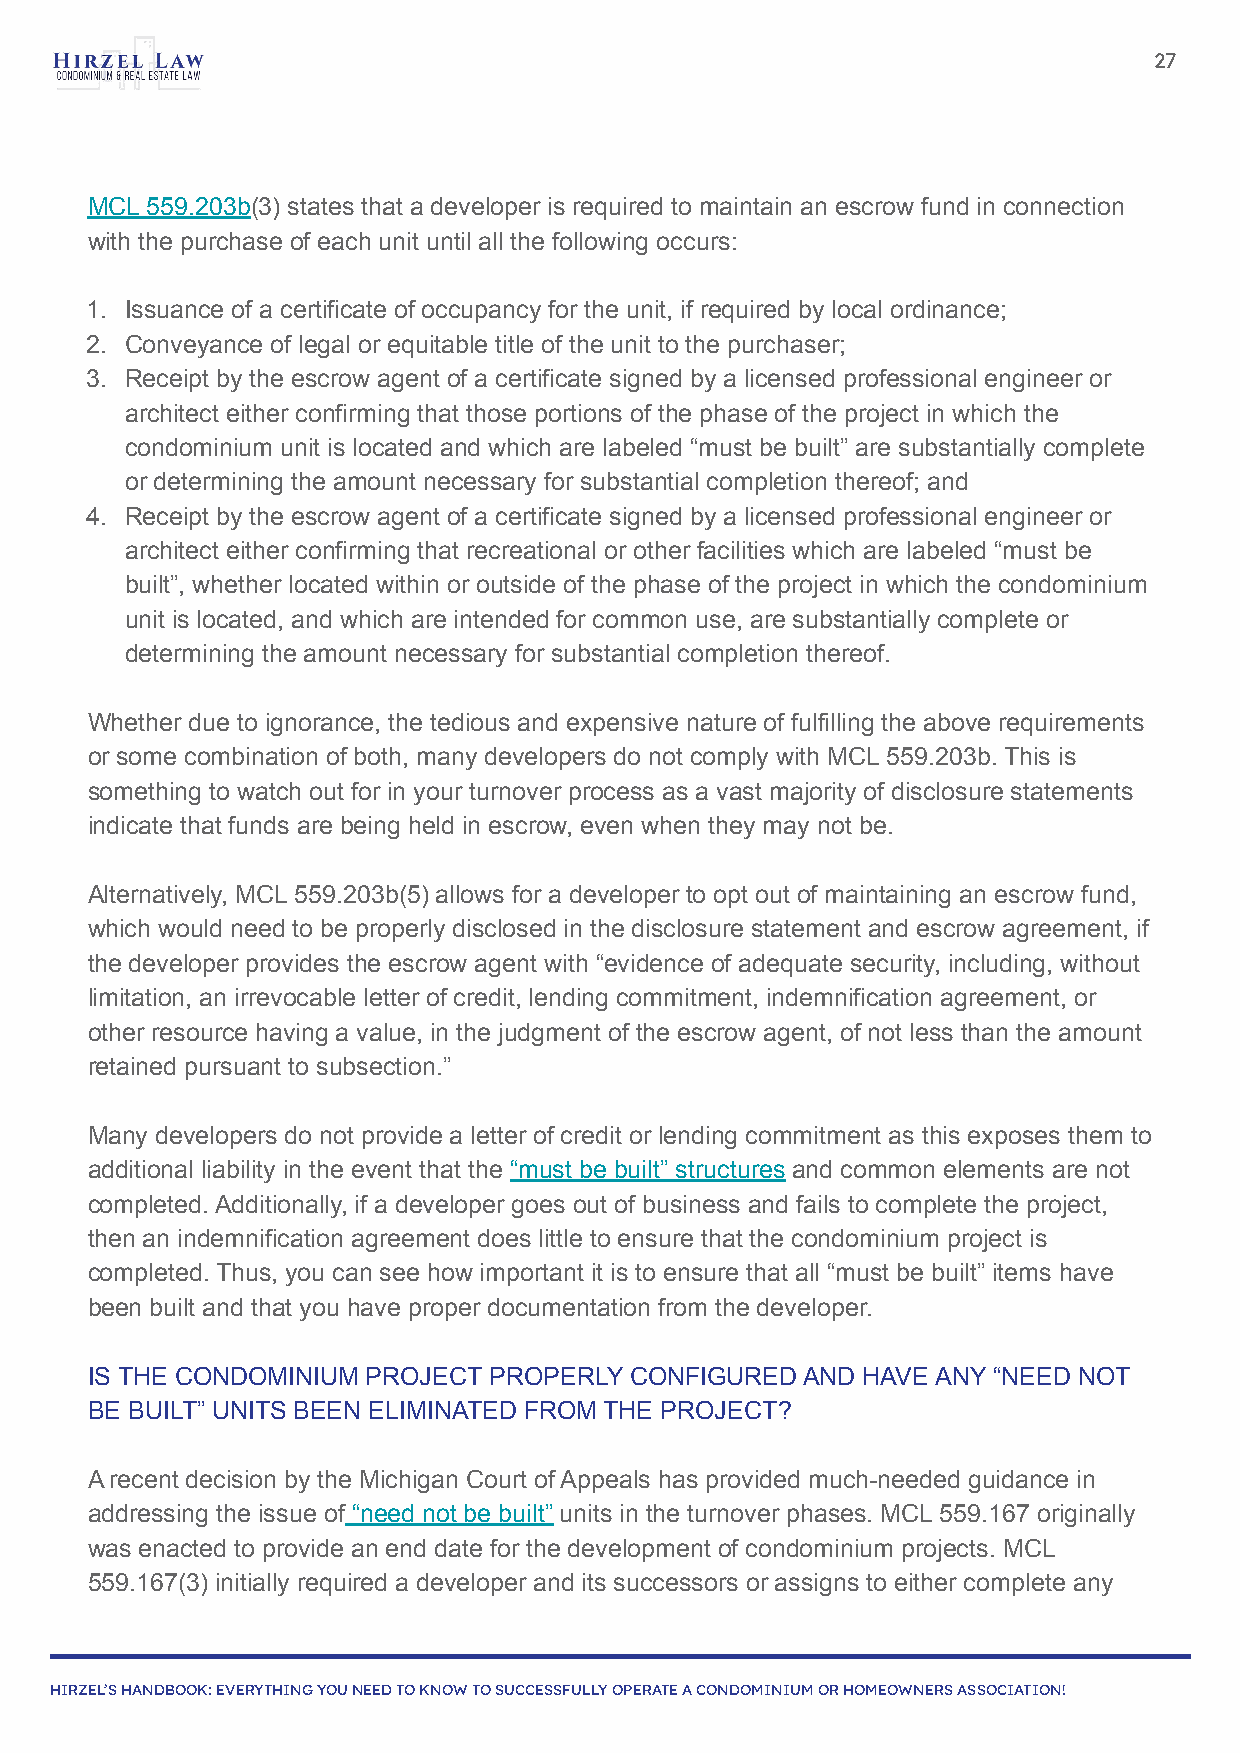
27
 MCL 559.203b(3) states that a developer is required to maintain an escrow fund in connection
 with the purchase of each unit until all the following occurs:
 1. Issuance of a certificate of occupancy for the unit, if required by local ordinance;
 2. Conveyance of legal or equitable title of the unit to the purchaser;
 3. Receipt by the escrow agent of a certificate signed by a licensed professional engineer or
 architect either confirming that those portions of the phase of the project in which the
 condominium unit is located and which are labeled “must be built” are substantially complete
 or determining the amount necessary for substantial completion thereof; and
 4. Receipt by the escrow agent of a certificate signed by a licensed professional engineer or
 architect either confirming that recreational or other facilities which are labeled “must be
 built”, whether located within or outside of the phase of the project in which the condominium
 unit is located, and which are intended for common use, are substantially complete or
 determining the amount necessary for substantial completion thereof.
 Whether due to ignorance, the tedious and expensive nature of fulfilling the above requirements
 or some combination of both, many developers do not comply with MCL 559.203b. This is
 something to watch out for in your turnover process as a vast majority of disclosure statements
 indicate that funds are being held in escrow, even when they may not be.
 Alternatively, MCL 559.203b(5) allows for a developer to opt out of maintaining an escrow fund,
 which would need to be properly disclosed in the disclosure statement and escrow agreement, if
 the developer provides the escrow agent with “evidence of adequate security, including, without
 limitation, an irrevocable letter of credit, lending commitment, indemnification agreement, or
 other resource having a value, in the judgment of the escrow agent, of not less than the amount
 retained pursuant to subsection.”
 Many developers do not provide a letter of credit or lending commitment as this exposes them to
 additional liability in the event that the “must be built” structures and common elements are not
 completed. Additionally, if a developer goes out of business and fails to complete the project,
 then an indemnification agreement does little to ensure that the condominium project is
 completed. Thus, you can see how important it is to ensure that all “must be built” items have
 been built and that you have proper documentation from the developer.
 IS THE CONDOMINIUM PROJECT PROPERLY CONFIGURED AND HAVE ANY “NEED NOT
 BE BUILT” UNITS BEEN ELIMINATED FROM THE PROJECT?
 A recent decision by the Michigan Court of Appeals has provided much-needed guidance in
 addressing the issue of “need not be built” units in the turnover phases. MCL 559.167 originally
 was enacted to provide an end date for the development of condominium projects. MCL
 559.167(3) initially required a developer and its successors or assigns to either complete any
 HIRZEL’S HANDBOOK: EVERYTHING YOU NEED TO KNOW TO SUCCESSFULLY OPERATE A CONDOMINIUM OR HOMEOWNERS ASSOCIATION!